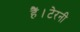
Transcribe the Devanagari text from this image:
हैं।टेरनी